Indian journal of veterinary science and animal husbandry - Volume 5,
Year: 1935
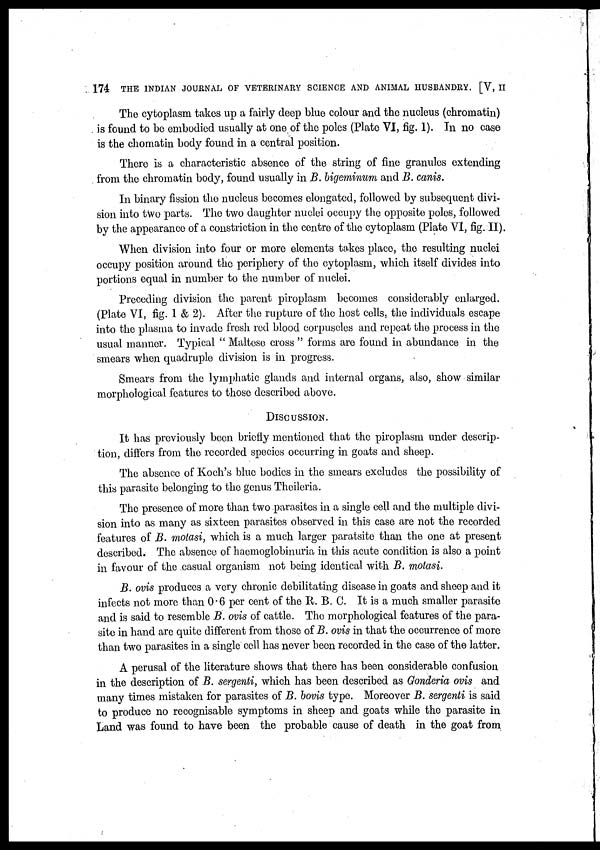
174 THE INDIAN JOURNAL OF VETERINARY SCIENCE AND ANIMAL HUSBANDRY. [V, II
The cytoplasm takes up a fairly deep blue colour and the nucleus (chromatin)
is found to be embodied usually at one of the poles (Plate VI, fig. 1). In no case
is the chomatin body found in a central position.
There is a characteristic absence of the string of fine granules extending
from the chromatin body, found usually in B. bigeminum and B. canis.
In binary fission the nucleus becomes elongated, followed by subsequent divi-
sion into two parts. The two daughter nuclei occupy the opposite poles, followed
by the appearance of a constriction in the centre of the cytoplasm (Plate VI, fig. II).
When division into four or more elements takes place, the resulting nuclei
occupy position around the periphery of the cytoplasm, which itself divides into
portions equal in number to the number of nuclei.
Preceding division the parent piroplasm becomes considerably enlarged.
(Plate VI, fig. 1 & 2). After the rupture of the host cells, the individuals escape
into the plasma to invade fresh red blood corpuscles and repeat the process in the
usual manner. Typical " Maltese cross " forms are found in abundance in the
smears when quadruple division is in progress.
Smears from the lymphatic glands and internal organs, also, show similar
morphological features to those described above.
DISCUSSION.
It has previously been briefly mentioned that the piroplasm under descrip-
tion, differs from the recorded species occurring in goats and sheep.
The absence of Koch's blue bodies in the smears excludes the possibility of
this parasite belonging to the genus Theileria.
The presence of more than two parasites in a single cell and the multiple divi-
sion into as many as sixteen parasites observed in this case are not the recorded
features of B. motasi, which is a much larger paratsite than the one at present
described. The absence of haemoglobinuria in this acute condition is also a point
in favour of the casual organism not being identical with B. motasi.
B. ovis produces a very chronic debilitating disease in goats and sheep and it
infects not more than 0.6 per cent of the R. B. C. It is a much smaller parasite
and is said to resemble B. ovis of cattle. The morphological features of the para-
site in hand are quite different from those of B. ovis in that the occurrence of more
than two parasites in a single cell has never been recorded in the case of the latter.
A perusal of the literature shows that there has been considerable confusion
in the description of B. sergenti, which has been described as Gonderia ovis and
many times mistaken for parasites of B. bovis type. Moreover B. sergenti is said
to produce no recognisable symptoms in sheep and goats while the parasite in
Land was found to have been the probable cause of death in the goat from